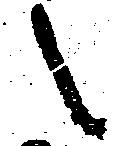
之